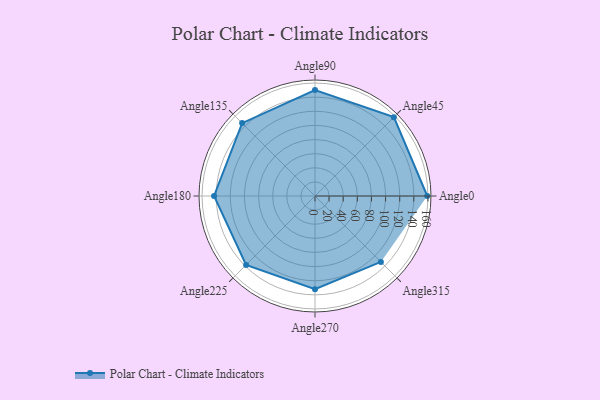
{"axis": {"x": "Angle", "y": "Radius"}, "legend": [""], "data": [{"x": "Angle0", "y": 159.0, "type": ""}, {"x": "Angle45", "y": 158.0, "type": ""}, {"x": "Angle90", "y": 150.0, "type": ""}, {"x": "Angle135", "y": 146.0, "type": ""}, {"x": "Angle180", "y": 143.0, "type": ""}, {"x": "Angle225", "y": 138.0, "type": ""}, {"x": "Angle270", "y": 132.0, "type": ""}, {"x": "Angle315", "y": 132.0, "type": ""}]}